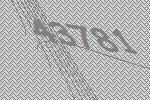
43781